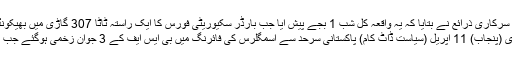
سرکاری ذرائع نے بتایا کہ یہ واقعہ کل شب 1 بجے پیش آیا جب بارڈر سکیوریٹی فورس کا ایک راستہ ٹاٹا 307 گاڑی میں بھیکونڈ پ
اتاری (پنجاب) 11 اپریل (سیاست ڈاٹ کام) پاکستانی سرحد سے اسمگلرس کی فائرنگ میں بی ایس ایف کے 3 جوان زخمی ہوگئے جب ہند ۔